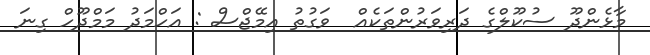
މާޅެންދޫ ސުކޫލްގެ ދަރިވަރުންތަކެއް  ވަގުތު އިމޭޖްސް : އަހްމަދު މަމްދޫހް ގިނަ